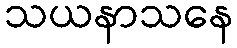
သယနာသနေ